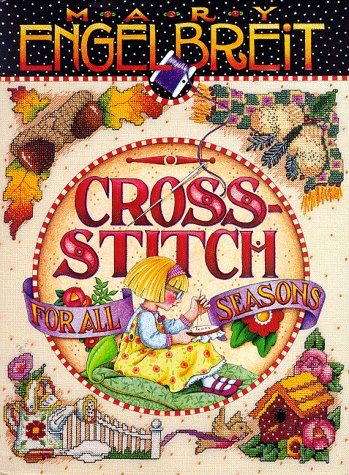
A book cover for Cross Stitch for All Seasons; Mary Engelbreit; Crafts, Hobbies & Home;